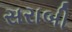
સરાબી